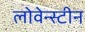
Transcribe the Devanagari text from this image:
लोवेन्स्टीन